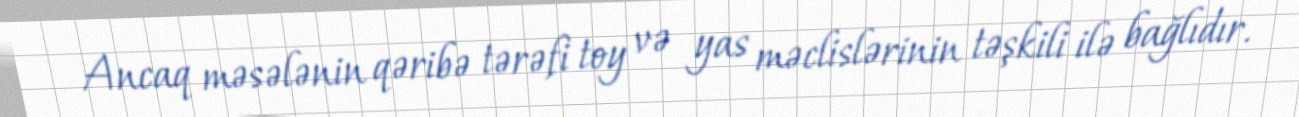
Ancaq məsələnin qəribə tərəfi toy və yas məclislərinin təşkili ilə bağlıdır.